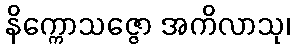
နိက္ကောသဇ္ဇော အကိလာသု၊